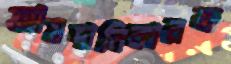
আমদানিকারক